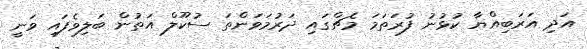
އަދި އަރަބިއްޔާ ކުޅުނު ފުރަތަމަ މެޗްގައި ދަރުމަވަންތަ ސުކޫލް އަތުން ބަލިވެފައި ވަނީ